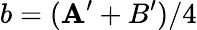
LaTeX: b=(\mathbf{A}^{\prime}+B^{\prime})/4